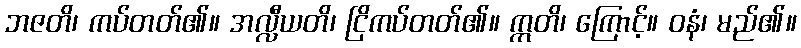
ဘဇတိ၊ ကပ်တတ်၏။ အလ္လီယတိ၊ ငြိကပ်တတ်၏။ ဣတိ၊ ကြောင့်။ ဝနံ၊ မည်၏။